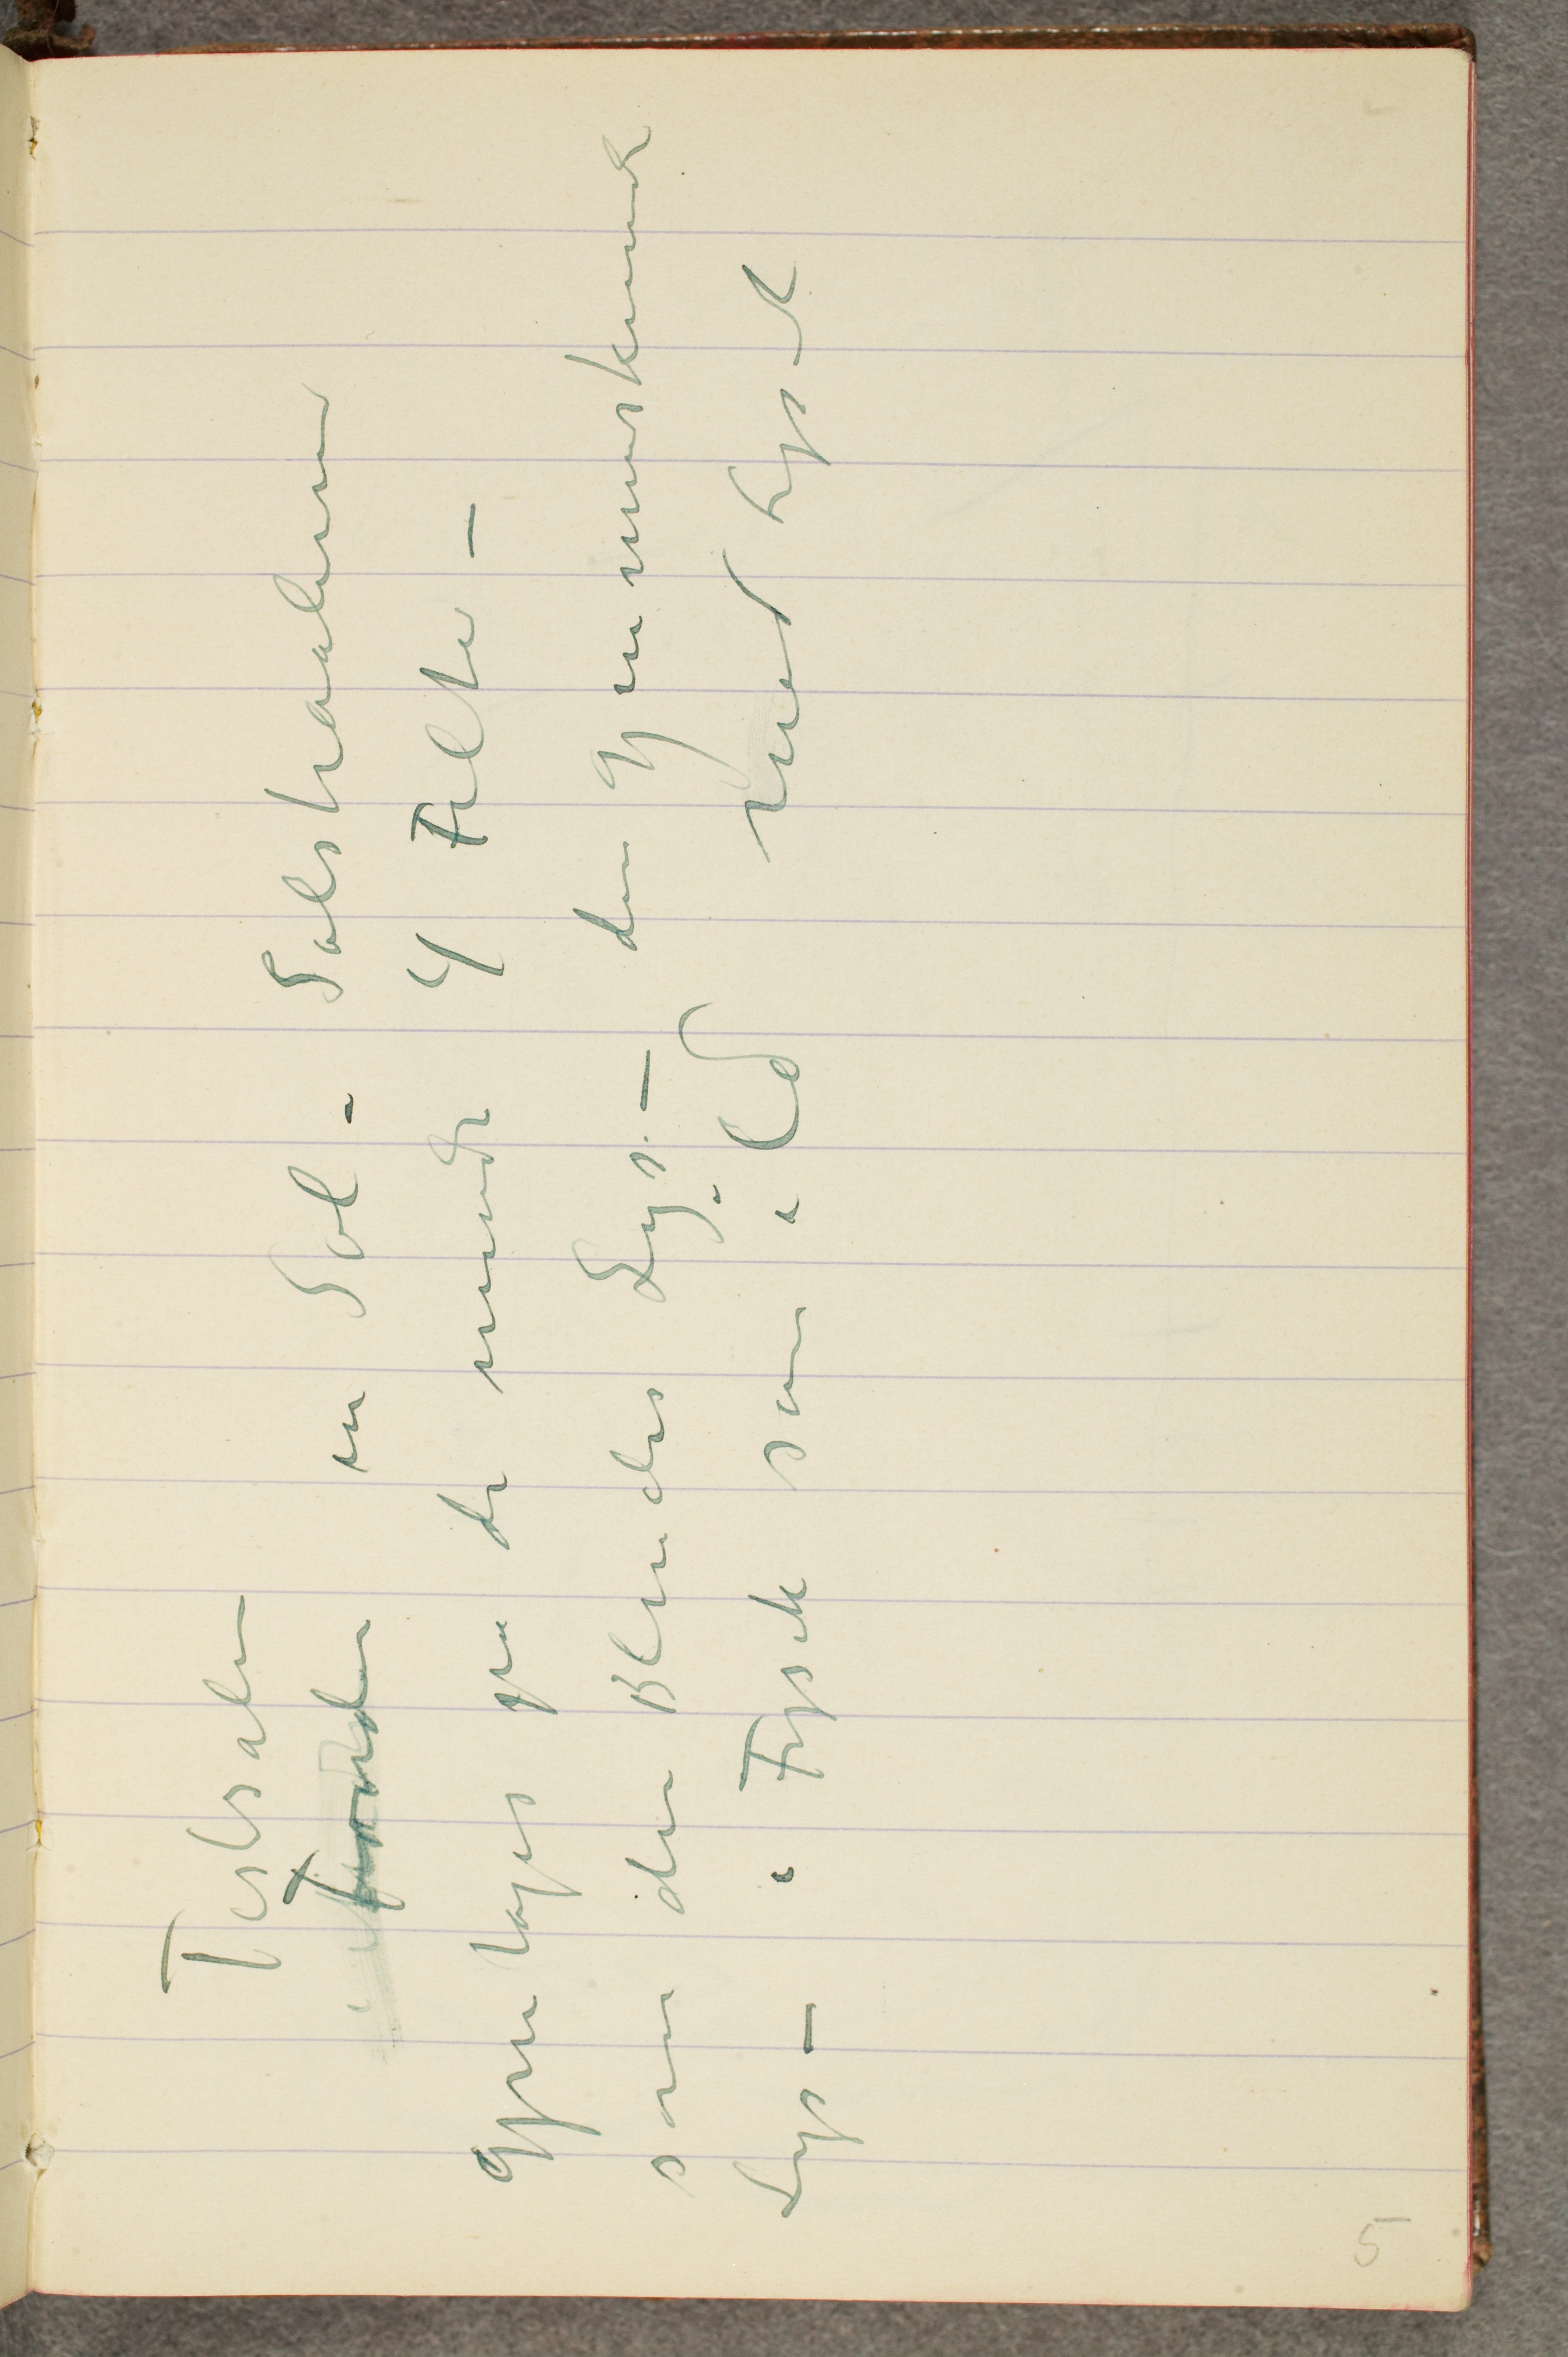
Festsalen
Foruden en Sol – Solstraalerne
gjentages på de mindre 4 Felter –
som den Blindes Lys – den gjennemskinnende
Lys – i Fysik som ild mod Lyset